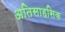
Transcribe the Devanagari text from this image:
अतिसाहसिक